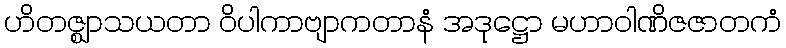
ဟိတဇ္ဈာသယတာ ဝိပါကာဗျာကတာနံ အဒုဋ္ဌော မဟာဝါဏိဇဇာတကံ